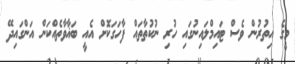
މީގެ އިތުރުން ވެސް ޓައިމްލައިނުގައި ހުރި ނުކުތާތައް ފާހަގަކޮށް އެއީ ބަޣާވާތެއްކަން އަންގައިދޭ